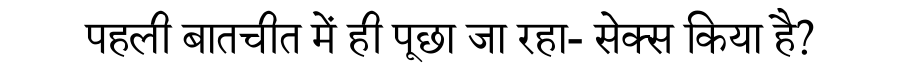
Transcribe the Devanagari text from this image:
पहली बातचीत में ही पूछा जा रहा- सेक्स किया है?